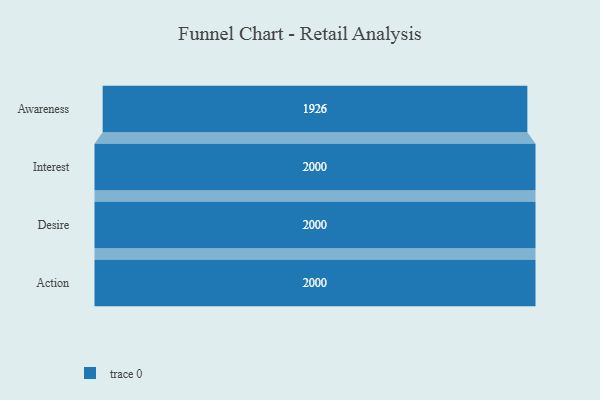
{"axis": {"x": "Stage", "y": "Value"}, "legend": [""], "data": [{"x": "Awareness", "y": 1926.0, "type": ""}, {"x": "Interest", "y": 2000, "type": ""}, {"x": "Desire", "y": 2000, "type": ""}, {"x": "Action", "y": 2000, "type": ""}]}